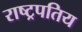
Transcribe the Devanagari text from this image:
राष्ट्रपतिय